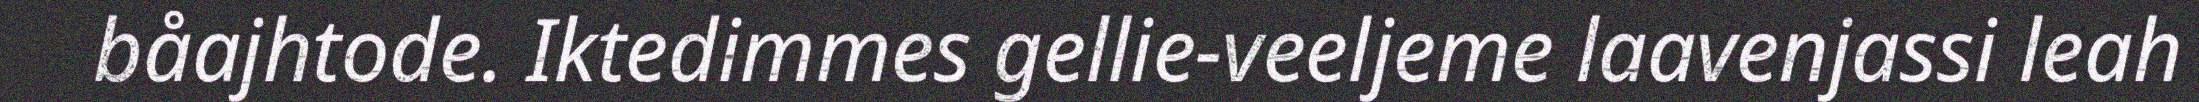
båajhtode. Iktedimmes gellie-veeljeme laavenjassi leah